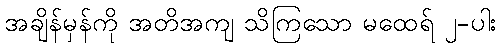
အချိန်မှန်ကို အတိအကျ သိကြသော မထေရ် ၂-ပါး